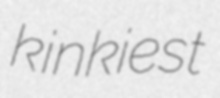
kinkiest